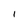
Character: 1